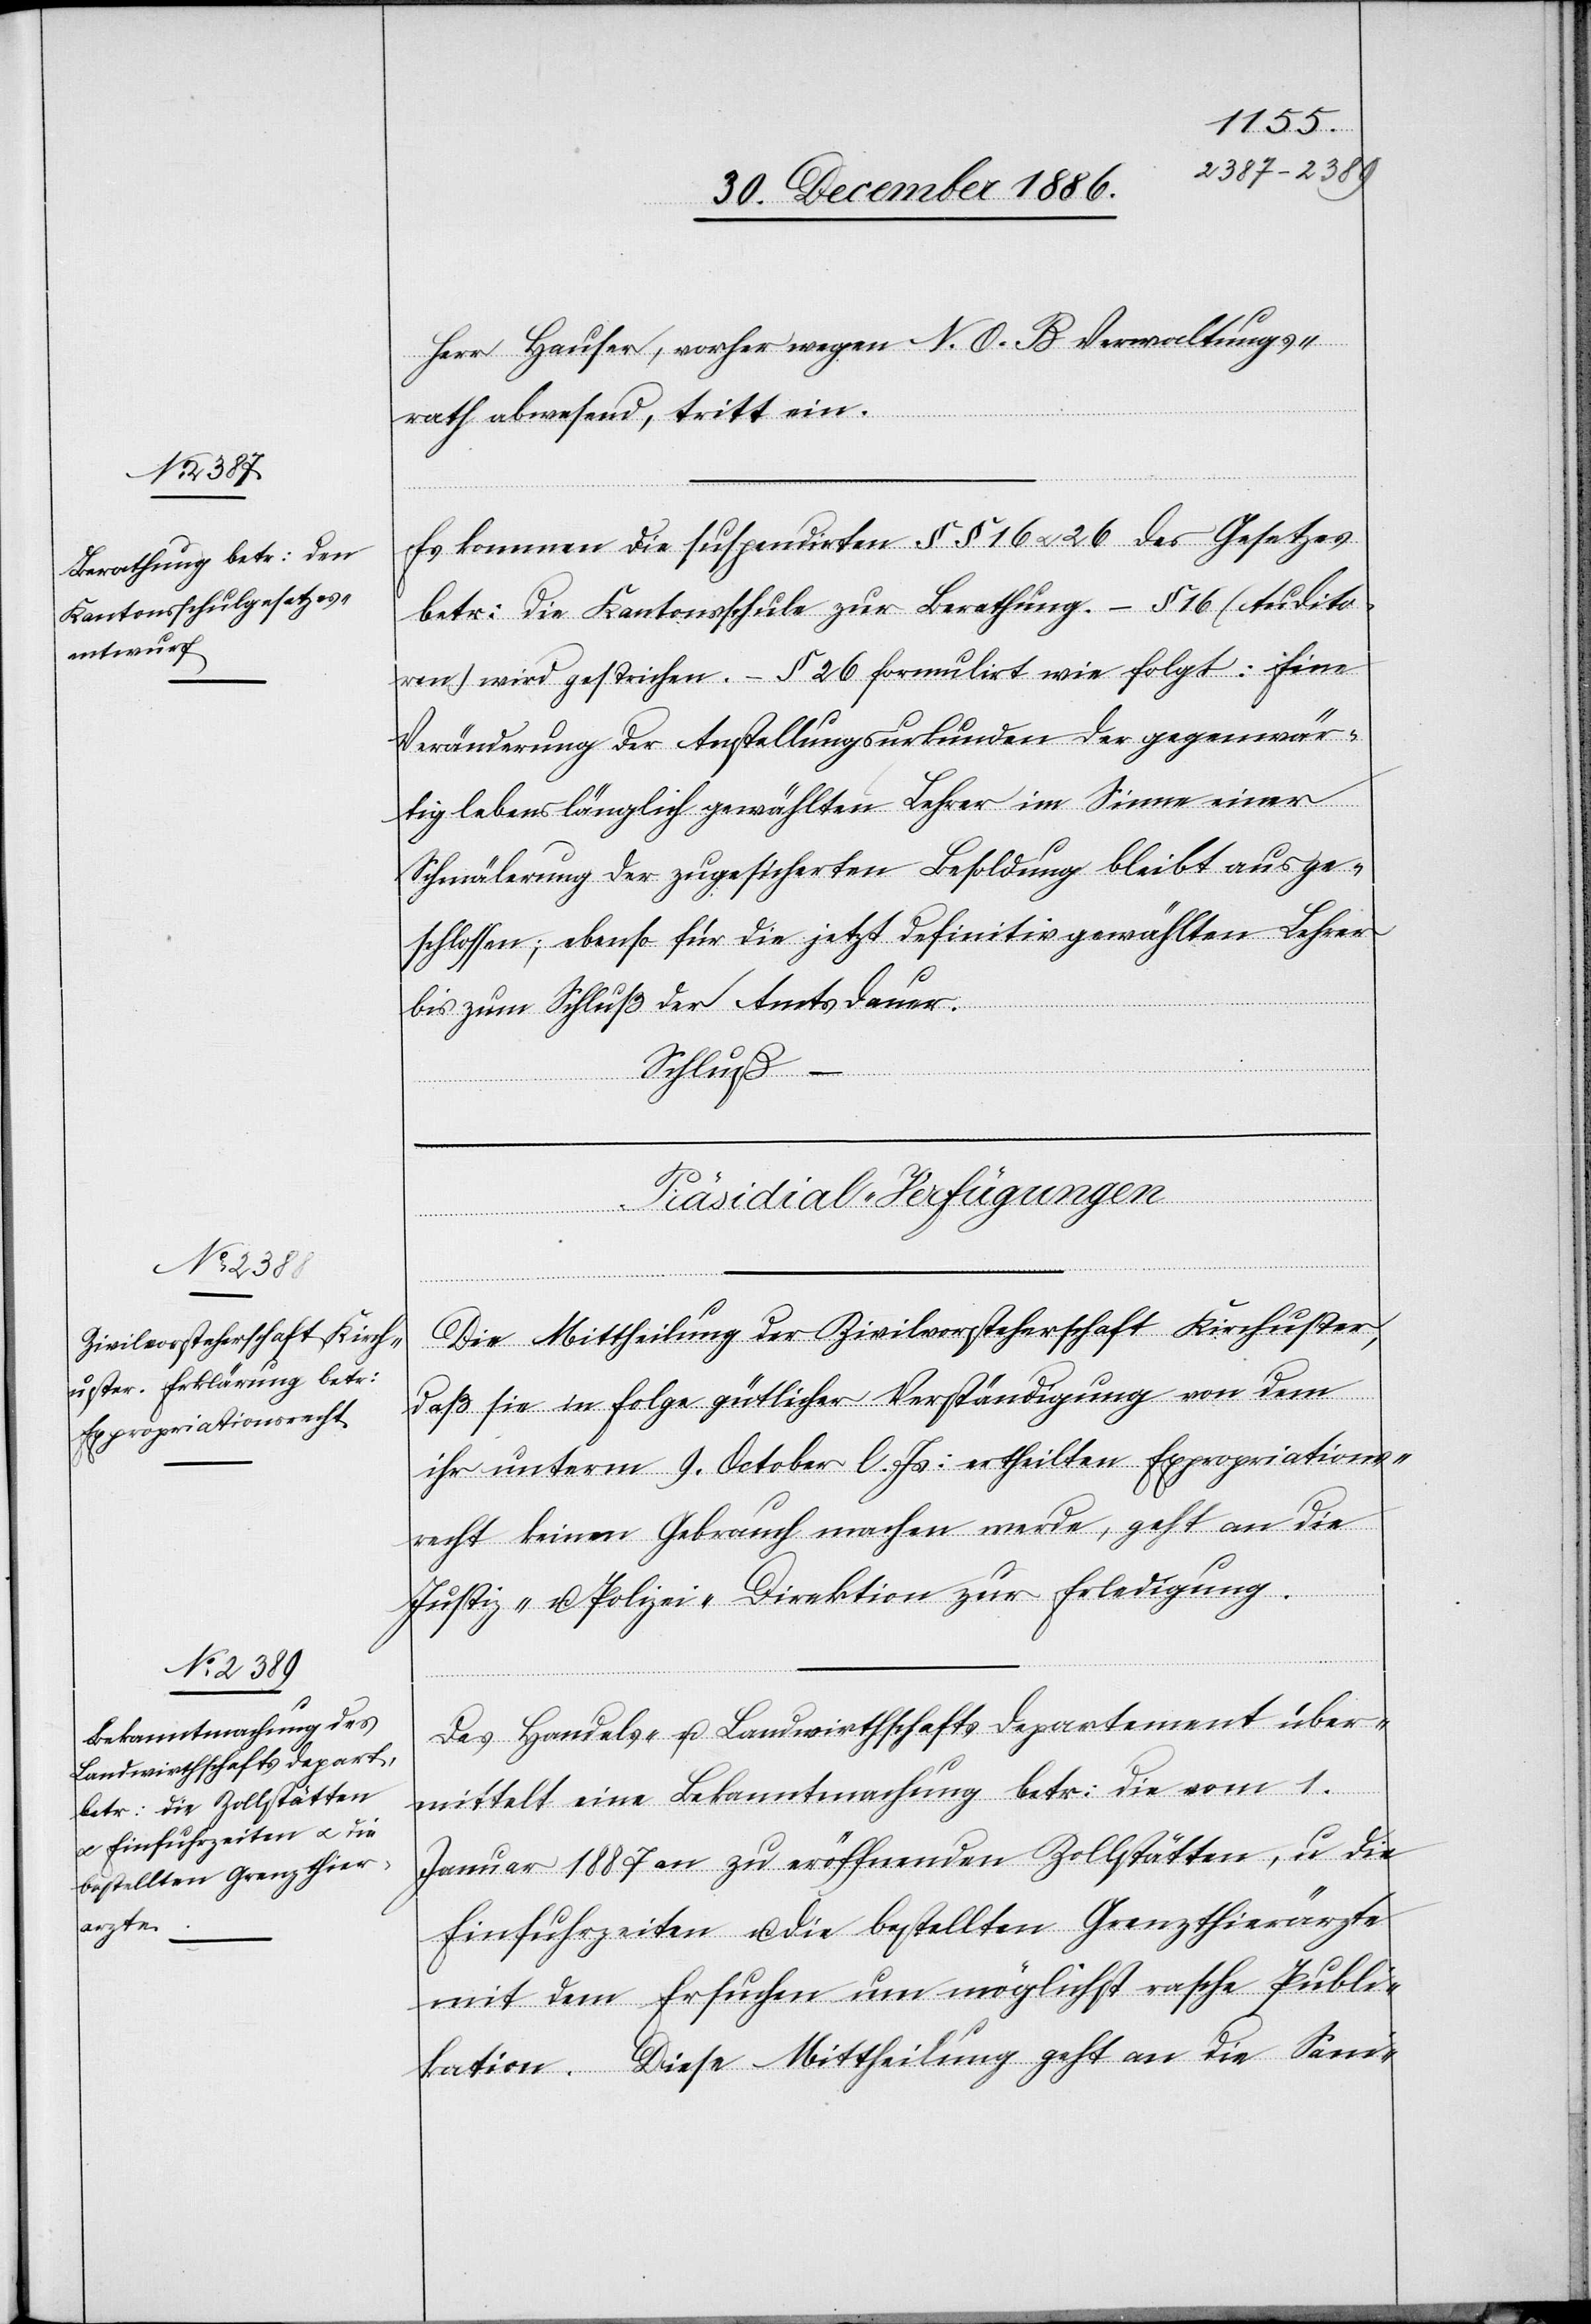
Herr Hauser, vorher wegen N. O. B. Verwaltungs¬
rath abwesend, tritt ein.
Es kommen die suspendirten §§ 16 & 26 des Gesetzes
betr: die Kantonsschule zur Berathung. – § 16 (Audito¬
ren) wird gestrichen. – § 26 formulirt wie folgt: Eine
Veränderung der Anstellungsurkunden der gegenwär¬
tig lebenslänglich gewählten Lehrer im Sinne einer
Schmälerung der zugesicherten Besoldung bleibt ausge¬
schlossen; ebenso für die jetzt definitiv gewählten Lehrer
bis zum Schluß der Amtsdauer.
Schluß –
[Präsidial-Verfügungen.]
Die Mittheilung der Zivilvorsteherschaft Kirchuster,
daß sie in Folge gütlicher Verständigung von dem
ihr unterm 9. October l. Js: ertheilten Expropriations¬
recht keinen Gebrauch machen werde, geht an die
Justiz- u. Polizei-Direktion zur Erledigung.
Das Handels- u. Landwirthschafts[-]Departement über¬
mittelt eine Bekanntmachung betr: die vom 1.
Januar 1887 an zu eröffnenden Zollstätten, u. die
Einfuhrzeiten u. die bestellten Grenzthierärzte
mit dem Ersuchen um möglichst rasche Publi¬
kation. Diese Mittheilung geht an die Sani-